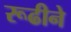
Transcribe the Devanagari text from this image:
रूढीने